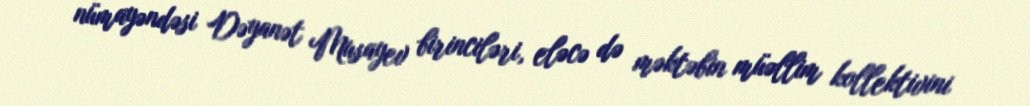
nümayəndəsi Dəyanət Musayev birinciləri, eləcə də məktəbin müəllim kollektivini